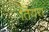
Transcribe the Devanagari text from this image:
तियरा